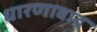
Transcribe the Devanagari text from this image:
धारणावाद